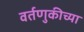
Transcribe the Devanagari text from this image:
वर्तणुकीच्या